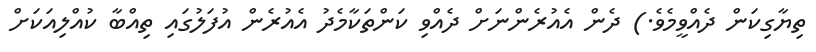
ތިޔާގިކަން ދެއްވީމެވެ.) ދެން އެއުރެންނަށް ދެއްވި ކަންތަކާމެދު އެއުރެން އުފަލުގައި ތިއްބާ ކުއްލިއަކަށް